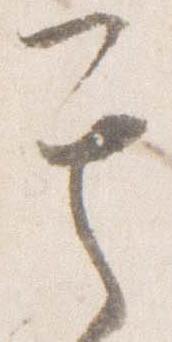
其